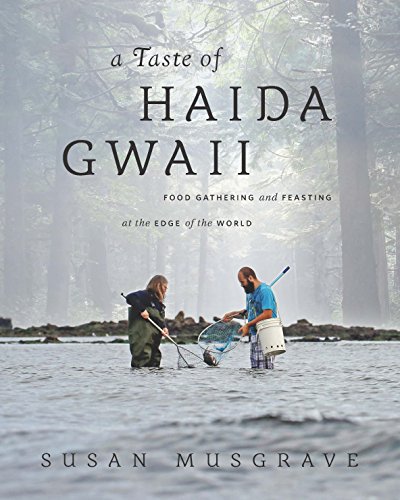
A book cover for A Taste of Haida Gwaii: Food Gathering and Feasting at the Edge of the World; Susan Musgrave; Cookbooks, Food & Wine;